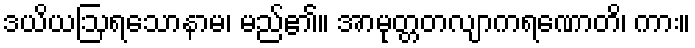
ဒယိယဩရသောနာမ၊ မည်၏။ အာမုတ္တတလျာကရဏောတိ၊ ကား။